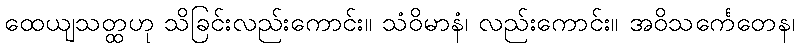
ထေယျသတ္ထဟု သိခြင်းလည်းကောင်း။ သံဝိမာနံ၊ လည်းကောင်း။ အဝိသင်္ကေတေန၊